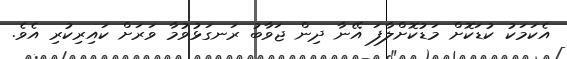
އެކަމަކު ކުޑަކޮށް މަޑުކޮށްލާފަ އޭނާ ދިން ޖަވާބު ރަނގަޅުވުމާ ވަރަށް ކައިރިކުރި އެވެ.